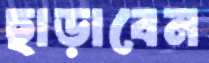
ছাড়াবেন